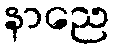
နာညေ